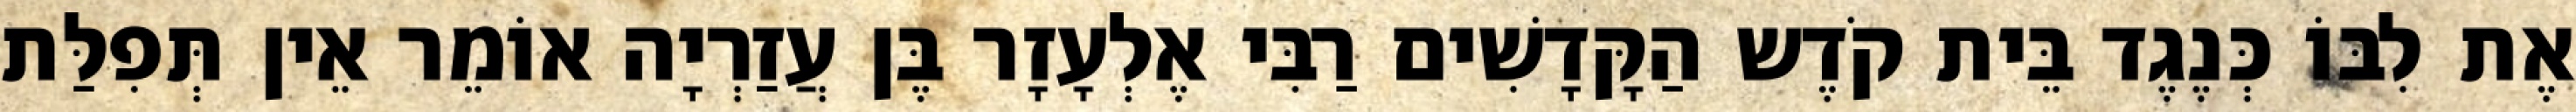
אֶת לִבּוֹ כְּנֶגֶד בֵּית קֹדֶש הַקָּדָשִׁים רַבִּי אֶלְעָזָר בֶּן עֲזַרְיָה אוֹמֵר אֵין תְּפִלַּת